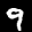
Label: 9